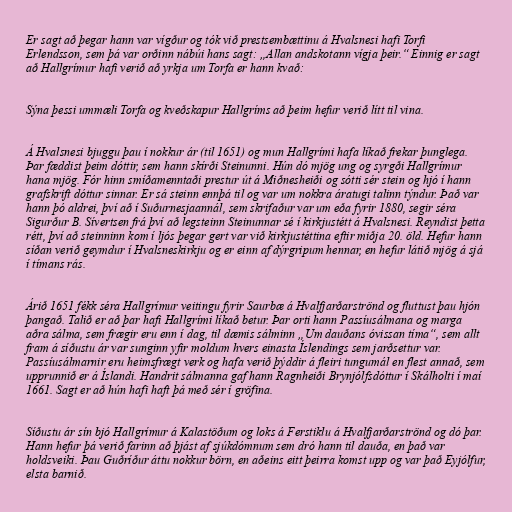
Er sagt að þegar hann var vígður og tók við prestsembættinu á Hvalsnesi hafi Torfi
Erlendsson, sem þá var orðinn nábúi hans sagt: „Allan andskotann vígja þeir.“ Einnig er sagt
að Hallgrímur hafi verið að yrkja um Torfa er hann kvað:

Sýna þessi ummæli Torfa og kveðskapur Hallgríms að þeim hefur verið lítt til vina.

Á Hvalsnesi bjuggu þau í nokkur ár (til 1651) og mun Hallgrími hafa líkað frekar þunglega.
Þar fæddist þeim dóttir, sem hann skírði Steinunni. Hún dó mjög ung og syrgði Hallgrímur
hana mjög. Fór hinn smíðamenntaði prestur út á Miðnesheiði og sótti sér stein og hjó í hann
grafskrift dóttur sinnar. Er sá steinn ennþá til og var um nokkra áratugi talinn týndur. Það var
hann þó aldrei, því að í Suðurnesjaannál, sem skrifaður var um eða fyrir 1880, segir séra
Sigurður B. Sívertsen frá því að legsteinn Steinunnar sé í kirkjustétt á Hvalsnesi. Reyndist þetta
rétt, því að steinninn kom í ljós þegar gert var við kirkjustéttina eftir miðja 20. öld. Hefur hann
síðan verið geymdur í Hvalsneskirkju og er einn af dýrgripum hennar, en hefur látið mjög á sjá
í tímans rás.

Árið 1651 fékk séra Hallgrímur veitingu fyrir Saurbæ á Hvalfjarðarströnd og fluttust þau hjón
þangað. Talið er að þar hafi Hallgrími líkað betur. Þar orti hann Passíusálmana og marga
aðra sálma, sem frægir eru enn í dag, til dæmis sálminn „Um dauðans óvissan tíma“, sem allt
fram á síðustu ár var sunginn yfir moldum hvers einasta Íslendings sem jarðsettur var.
Passíusálmarnir eru heimsfrægt verk og hafa verið þýddir á fleiri tungumál en flest annað, sem
upprunnið er á Íslandi. Handrit sálmanna gaf hann Ragnheiði Brynjólfsdóttur í Skálholti í maí
1661. Sagt er að hún hafi haft þá með sér í gröfina.

Síðustu ár sín bjó Hallgrímur á Kalastöðum og loks á Ferstiklu á Hvalfjarðarströnd og dó þar.
Hann hefur þá verið farinn að þjást af sjúkdómnum sem dró hann til dauða, en það var
holdsveiki. Þau Guðríður áttu nokkur börn, en aðeins eitt þeirra komst upp og var það Eyjólfur,
elsta barnið.